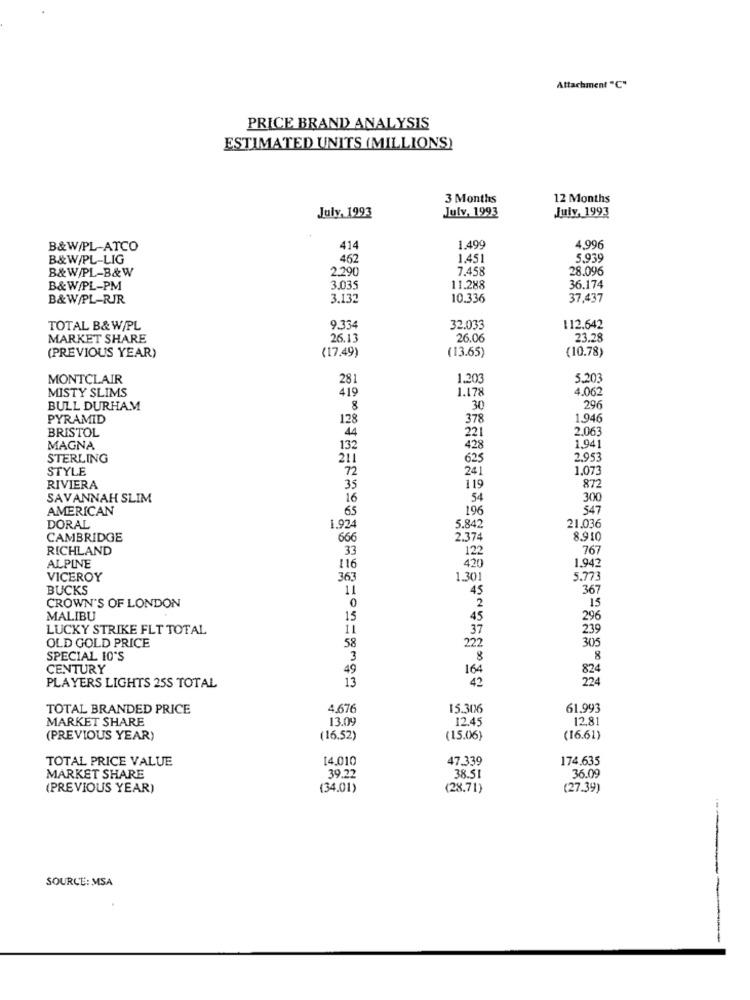
Attachment "C"
PRICE BRAND ANALYSIS
ESTIMATED UNITS (MILLIONS)
3 Months
12 Months
July, 1993
Julv, 1993
July, 1993
B&W/PL-ATCO
414
1.499
4,996
B&W/PL-LIG
462
1.45
5.939
B&W/PL-B&W
2.290
7.458
28.096
B&W/PL-PM
3.035
11.288
36.174
B&W/PL-RJR
3.132
10.336
37,437
TOTAL B& W/PL
9.334
32.033
112.642
MARKET SHARE
26.13
26.06
23.28
(PREVIOUS YEAR)
(17.49)
(13.65)
(10.78)
MONTCLAIR
281
1.20
5.203
MISTY SLIMS
1.178
4.062
419
BULL DURHAM
8
30
296
PYRAMID
128
378
1.946
221
2.063
BRISTOL
44
MAGNA
132
428
1,94
STERLING
211
625
2.953
STYLE
72
241
1.073
872
RIVIERA
35
119
SAVANNAH SLIM
16
54
300
AMERICAN
65
196
547
DORAL
1.924
5.842
21.036
CAMBRIDGE
666
2.374
8.910
RICHLAND
33
122
767
1.943
ALPINE
116
420
VICEROY
363
1.30
5.773
BUCKS
11
45
367
CROWN'S OF LONDON
0
2
15
MALIBU
15
45
296
LUCKY STRIKE FLT TOTAL
IL
37
239
OLD GOLD PRICE
222
305
58
SPECIAL 10'S
3
8
8
CENTURY
49
164
824
13
42
224
PLAYERS LIGHTS 25S TOTAL
TOTAL BRANDED PRICE
4.676
15.306
61.993
MARKET SHARE
13.09
12.45
12.81
(PREVIOUS YEAR)
(16.52)
(15.06)
(16.61)
TOTAL PRICE VALUE
14.010
47.339
174.635
MARKET SHARE
39.22
38.51
36.09
(PREVIOUS YEAR)
(34.01)
(28.71)
(27.39)
SOURCE: MSA